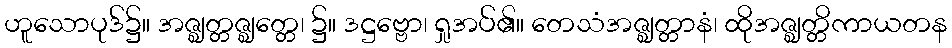
ဟူသောပုဒ်၌။ အဇ္ဈတ္တဇ္ဈတ္တေ၊ ၌။ ဒဋ္ဌဗ္ဗော၊ ရှုအပ်၏။ တေသံအဇ္ဈတ္တာနံ၊ ထိုအဇ္ဈတ္တိကာယတန